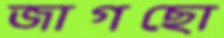
জাগছো